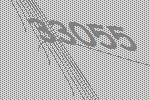
33055